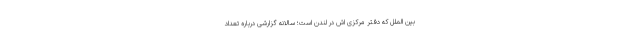
بین الملل که دفتر مرکزی اش در لندن است؛ سالانه گزارشی درباره تعداد